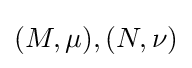
(M,\mu ),(N,\nu )